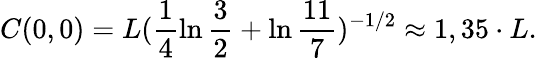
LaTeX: C(0,0)=L(\frac{1}{4}\ln{\frac{3}{2}}+\ln{\frac{11}{7}})^{-1/2}\approx 1,35\cdot L.